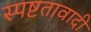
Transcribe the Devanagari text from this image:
स्पष्टतावादी